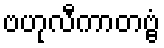
ဗဟုလီကာတဗ္ဗံ